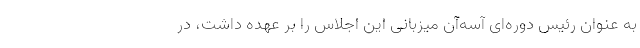
به عنوان رئیس دوره‌ای آسه‌آن میزبانی این اجلاس را بر عهده داشت، در